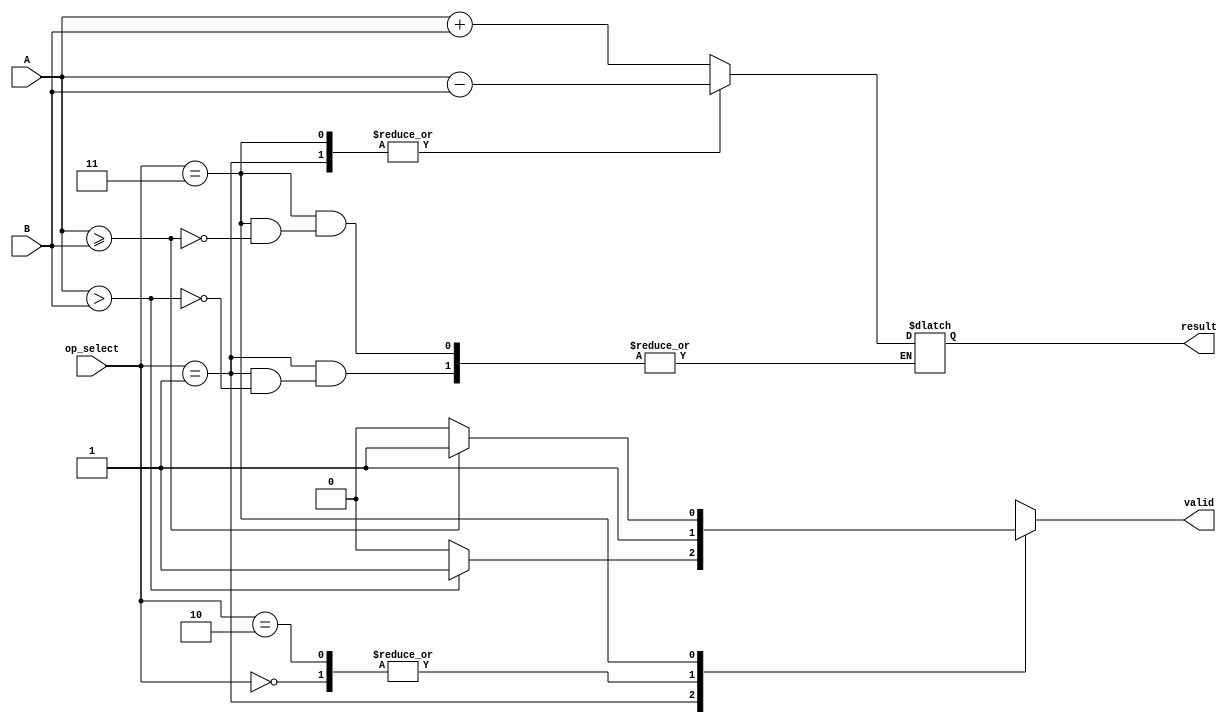
module LogarithmArithmeticBlock (
    input wire [15:0] A,        // Logarithmic representation of operand A
    input wire [15:0] B,        // Logarithmic representation of operand B
    input wire [1:0] op_select, // Operation select: 00 - Add, 01 - Subtract, 10 - Multiply, 11 - Divide
    output reg [15:0] result,   // Result in logarithmic form
    output reg valid             // Valid output flag
);

    // Define the logarithmic base (for example, base 2)
    parameter LOG_BASE = 2;

    always @(*) begin
        valid = 1'b1; // Assume valid output by default
        case (op_select)
            2'b00: begin // Addition
                // A + B = log(b^A + b^B)
                // In logarithmic form, we need to convert back to linear, perform addition, and convert back
                result = A + B; // This is a simplification; actual implementation would require conversion
            end
            
            2'b01: begin // Subtraction
                // A - B = log(b^A - b^B)
                // Ensure we handle underflow
                if (A > B) begin
                    result = A - B; // This is a simplification; actual implementation would require conversion
                end else begin
                    valid = 1'b0; // Invalid operation (underflow)
                end
            end
            
            2'b10: begin // Multiplication
                // A * B = log(b^A * b^B) = A + B
                result = A + B; // Direct addition in logarithmic form
            end
            
            2'b11: begin // Division
                // A / B = log(b^A / b^B) = A - B
                // Ensure we handle underflow
                if (A >= B) begin
                    result = A - B; // Direct subtraction in logarithmic form
                end else begin
                    valid = 1'b0; // Invalid operation (underflow)
                end
            end
            
            default: begin
                valid = 1'b0; // Invalid operation
            end
        endcase
    end

endmodule